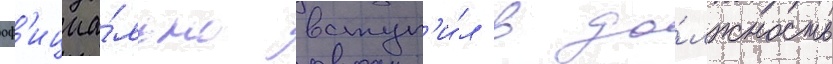
оф'ициа́льно вступ'и́л в до́лжность